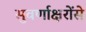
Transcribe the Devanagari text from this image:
सुवर्णाक्षरोंसे